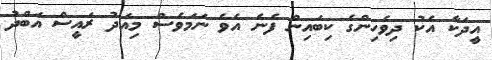
އީދަކާ އެކު ދިވެހިންގެ ކިބައިން ފެނެ އެވެ ނަމަވެސް މިއަދު ރައީސް އަބްދު